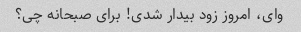
وای، امروز زود بیدار شدی! برای صبحانه چی؟